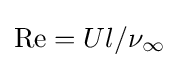
\mathrm {Re} =Ul/\nu _{\infty }